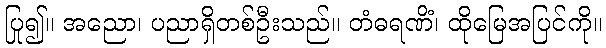
ပြု၍။ အညော၊ ပညာရှိတစ်ဦးသည်။ တံဓရဏိံ၊ ထိုမြေအပြင်ကို။